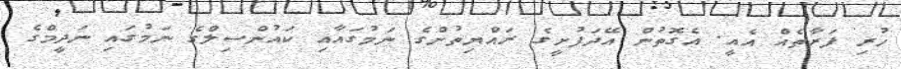
ހުރި ފަރާތެއް އެއީ. އެގޮތުން އޭދަފުށީގެ ރައްޔިތުންގެ ނަމުގައާއި ކައުންސިލްގެ ނަމުގައި ނަދީމްގެ